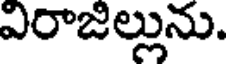
విరాజిల్లును.